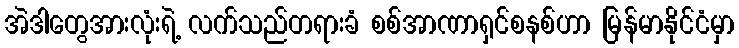
အဲဒါတွေအားလုံးရဲ့ လက်သည်တရားခံ စစ်အာဏာရှင်စနစ်ဟာ မြန်မာနိုင်ငံမှာ